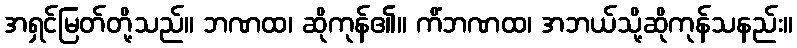
အရှင်မြတ်တို့သည်။ ဘဏထ၊ ဆိုကုန်၏။ ကိံဘဏထ၊ အဘယ်သို့ဆိုကုန်သနည်း။